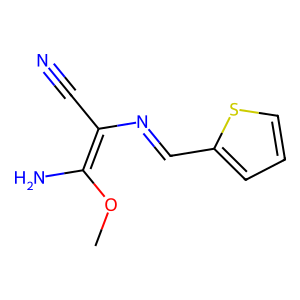
SMILES: COC(N)=C(C#N)N=Cc1cccs1
Inhibits HIV replication: No